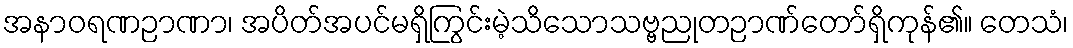
အနာဝရဏဉာဏာ၊ အပိတ်အပင်မရှိကြွင်းမဲ့သိသောသဗ္ဗညုတဉာဏ်တော်ရှိကုန်၏။ တေသံ၊